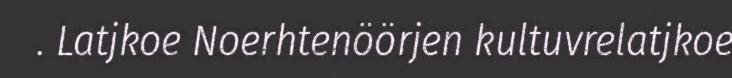
. Latjkoe Noerhtenöörjen kultuvrelatjkoe